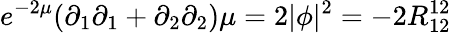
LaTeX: e^{-2\mu}(\partial_{1}\partial_{1}+\partial_{2}\partial_{2})\mu=2|\phi|^{2}=-2R_{12}^{12}